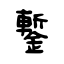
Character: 鏨